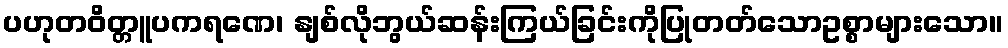
ပဟုတဝိတ္တူပကရဏေ၊ နျစ်လိုဘွယ်ဆန်းကြယ်ခြင်းကိုပြုတတ်သောဥစ္စာများသော။